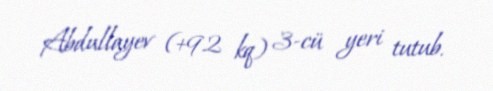
Abdullayev (+92 kq) 3-cü yeri tutub.